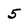
Character: 5